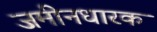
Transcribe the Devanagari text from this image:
जमीनधारक